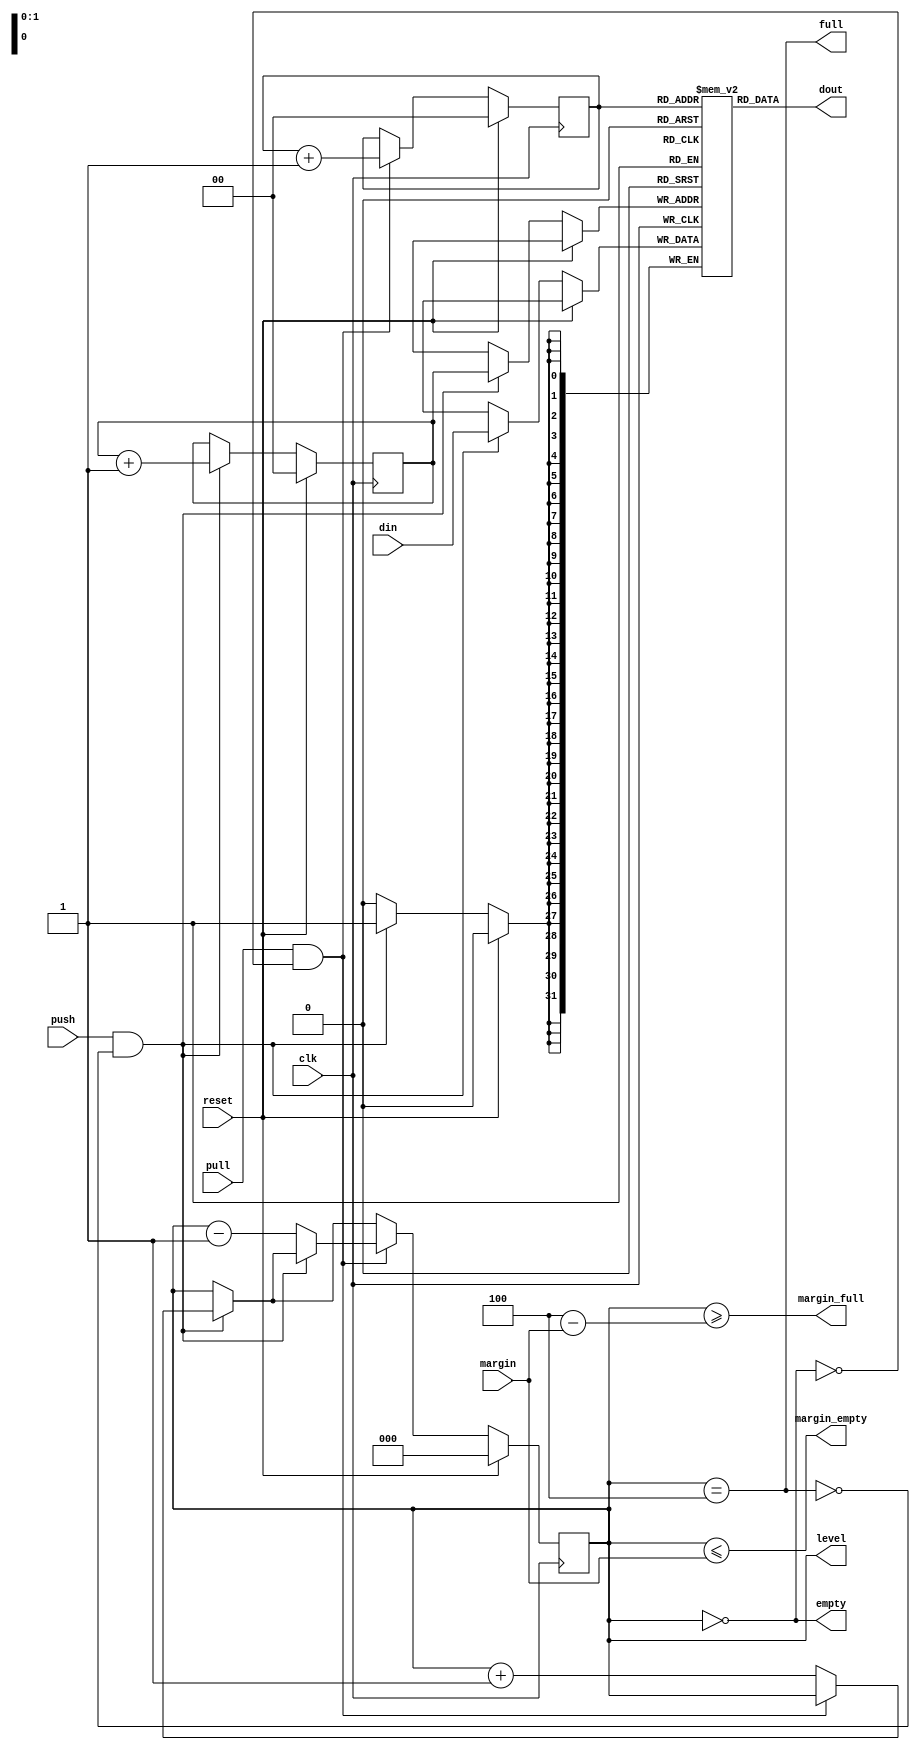
// This program was cloned from: https://github.com/buncram/cram-soc
// License: CERN Open Hardware Licence Version 2 - Weakly Reciprocal

// SPDX-FileCopyrightText: 2022 Lawrie Griffiths
// SPDX-License-Identifier: BSD-2-Clause

// `default_nettype none
module pio_fifo (
  input             clk,
  input             reset,
  input             push,
  input             pull,
  input [31:0]      din,
  input [1:0]       margin,
  output [31:0]     dout,
  output            empty,
  output            full,
  output            margin_empty,
  output            margin_full,
  output [2:0]      level
);

  reg [31:0] arr [0:3];
  reg [1:0]  first;
  reg [1:0]  next;
  reg [2:0]  count;

  wire do_pull = pull && !empty;
  wire do_push = push && !full;

  always @(posedge clk) begin
    if (reset) begin
      first <= 0;
      next <= 0;
      count <= 0;
    end else begin
      if (do_push) begin
        next <= next + 1;
        arr[next] <= din;
        if (!do_pull) count <= count + 1;
      end
      if (do_pull) begin
        first <= first + 1;
        if (!do_push) count <= count - 1;
      end
    end
  end

  assign empty = count == 0;
  assign margin_empty = (count <= {1'd0, margin});
  assign full = count == 4;
  assign margin_full = (count >= (3'd4 - {1'd0, margin}));
  assign dout = arr[first];
  assign level = count;

endmodule